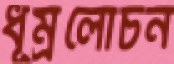
ধূম্রলোচন